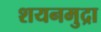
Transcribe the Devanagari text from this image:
शयनमुद्रा